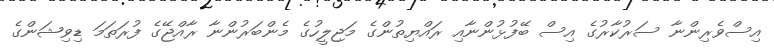
އިސްވެރިންނާ ސަރުކާރުގެ އިސް ބޭފުޅުންނާއި ރައްޔިތުންގެ މަޖިލީހުގެ މެންބަރުންނާ ރާއްޖޭގެ ފުރަތަމަ ޑިވިޝަންގެ